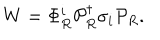
LaTeX: W = \Phi _ { R } ^ { i } { \cal P } _ { R } ^ { \dagger } \sigma _ { i } { \cal P } _ { R } .